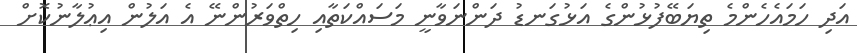
އަދި ހަމައެހެންމެ ތިޔަބޭފުޅުންގެ އަޅުގަނޑު ދަންނަވާނީ މަސައްކަތާއި ހިތްވަރުންނޭ އެ އަލުން އިޢުލާނުކޮށް